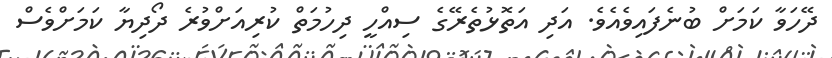
ދޭހަވާ ކަމަށް ބުނެފައިވެއެވެ. އަދި އަތޮޅުތެރޭގެ ސިއްހީ ދިހުމަތް ކުރިއަށްވުރެ ދޯދިޔާ ކަމަށްވެސް